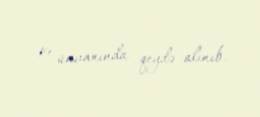
19 ünvanında qeydə alınıb.